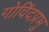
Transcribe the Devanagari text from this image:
गोविंदप्रभु